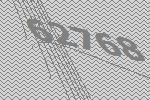
62768